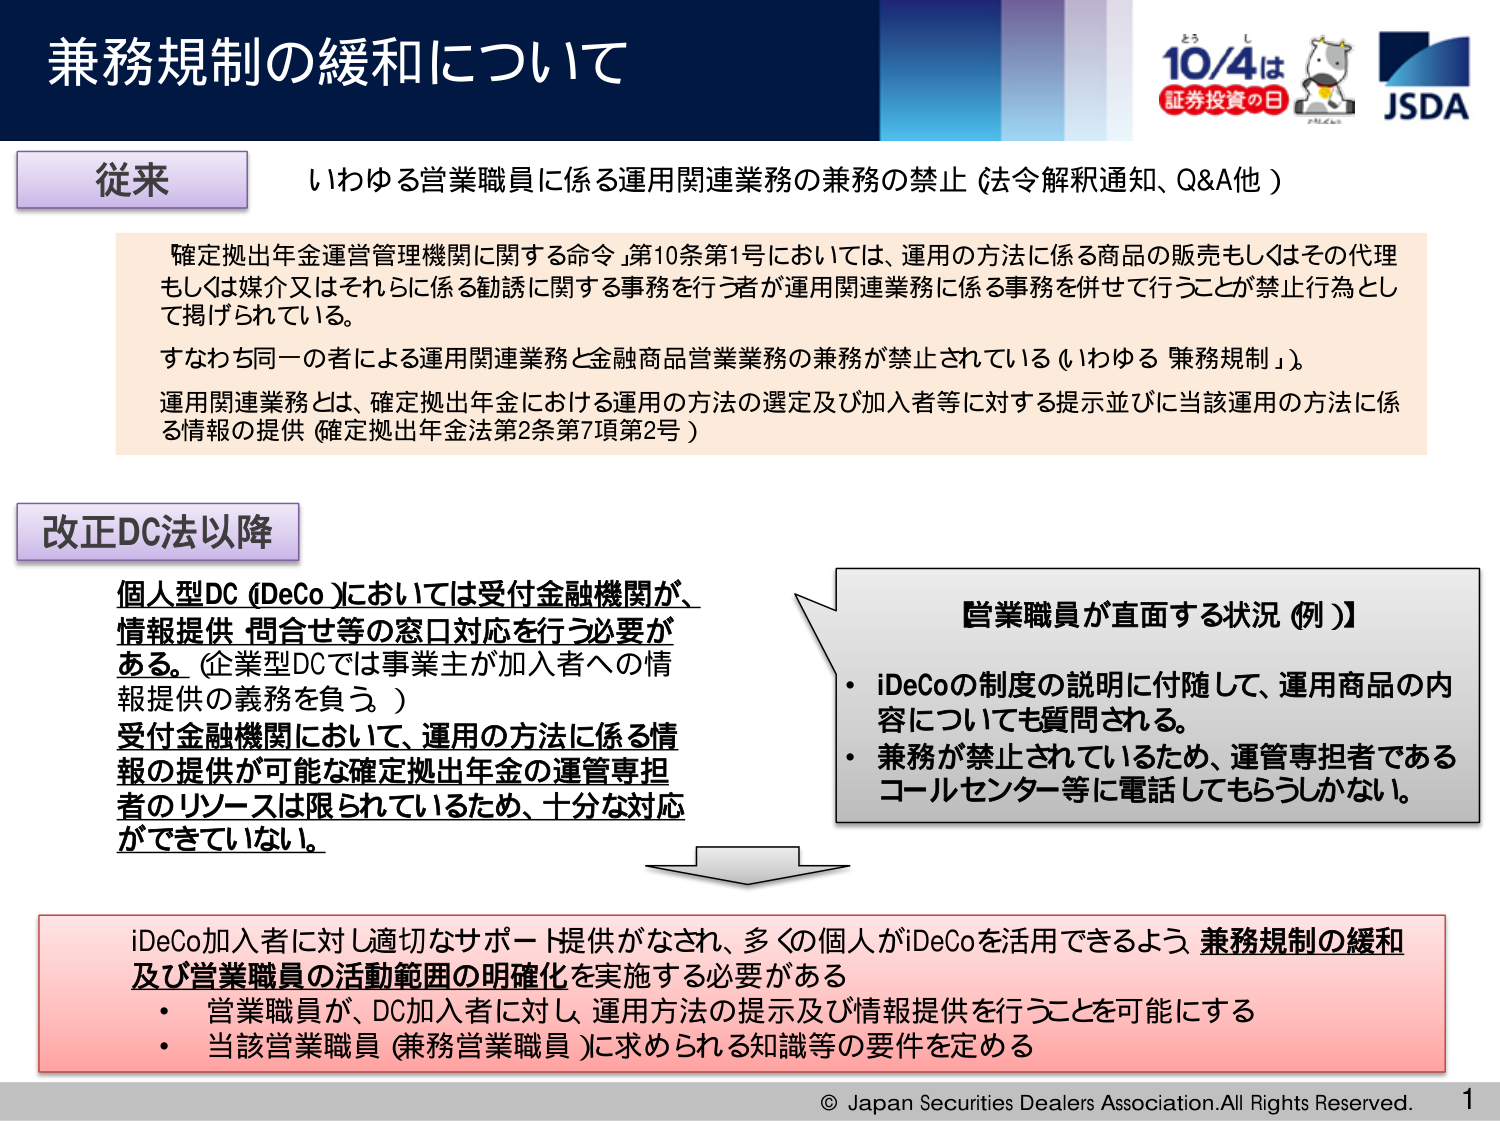
兼務規制の緩和について

従来
いわゆる営業職員に係る運用関連業務の兼務の禁止（法令解釈通知、Q&A他）

「確定拠出年金運営管理機関に関する命令」第10条第1号においては、運用の方法に係る商品の販売もしくはその代理もしくは媒介又はそれらに係る勧誘に関する事務を行う者が運用関連業務に係る事務を併せて行うことが禁止行為として掲げられている。
すなわち同一の者による運用関連業務と金融商品営業業務の兼務が禁止されている（いわゆる「兼務規制」）。
運用関連業務とは、確定拠出年金における運用の方法の選定及び加入者等に対する提示並びに当該運用の方法に係る情報の提供（確定拠出年金法第2条第7項第2号）

改正DC法以降
個人型DC（DeCo）においては受付金融機関が、情報提供・問合せ等の窓口対応を行う必要がある。（企業型DCでは事業主が加入者への情報提供の義務を負う。）
受付金融機関において、運用の方法に係る情報の提供が可能な確定拠出年金の運管専担者のリソースは限られているため、十分な対応ができていない。

【営業職員が直面する状況（例）】
・iDeCoの制度の説明に付随して、運用商品の内容についても質問される。
・兼務が禁止されているため、運管専担者であるコールセンター等に電話してもらうしかない。

iDeCo加入者に対し適切なサポート提供がなされ、多くの個人がiDeCoを活用できるよう、兼務規制の緩和及び営業職員の活動範囲の明確化を実施する必要がある
・営業職員が、DC加入者に対し、運用方法の提示及び情報提供を行うことを可能にする
・当該営業職員（兼務営業職員）に求められる知識等の要件を定める

© Japan Securities Dealers Association. All Rights Reserved.
1

10/4は
証券投資の日
JS DA
そうし